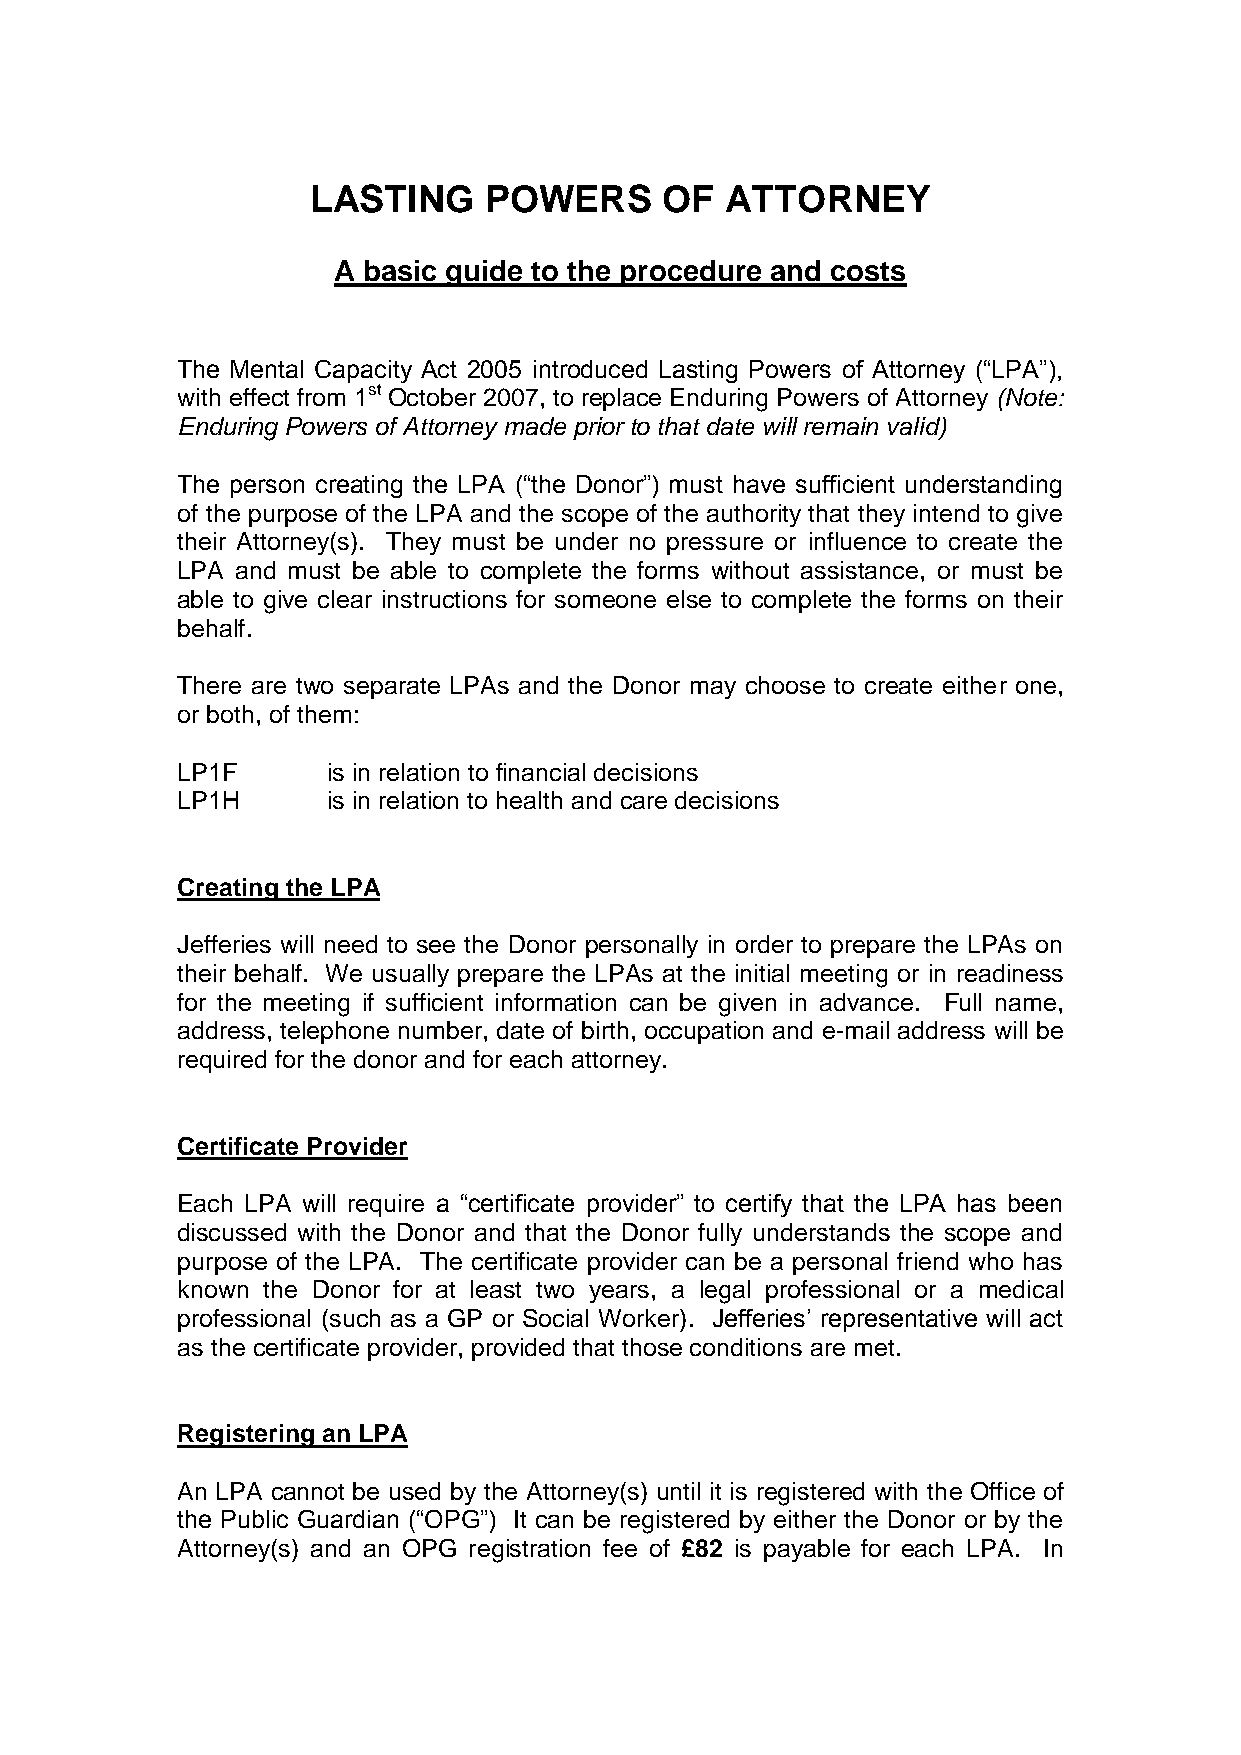
LASTING     POWERS      OF  ATTORNEY
 A basic guide to the procedure and costs
 The Mental Capacity Act 2005 introduced Lasting Powers of Attorney (“LPA”),
 with effect from 1st October 2007, to replace Enduring Powers of Attorney (Note:
 Enduring Powers of Attorney made prior to that date will remain valid)
 The person creating the LPA (“the Donor”) must have sufficient understanding
 of the purpose of the LPA and the scope of the authority that they intend to give
 their Attorney(s). They must be under no pressure or influence to create the
 LPA and must be able to complete the forms without assistance, or must be
 able to give clear instructions for someone else to complete the forms on their
 behalf.
 There are two separate LPAs and the Donor may choose to create either one,
 or both, of them:
 LP1F      is in relation to financial decisions
 LP1H      is in relation to health and care decisions
 Creating the LPA
 Jefferies will need to see the Donor personally in order to prepare the LPAs on
 their behalf. We usually prepare the LPAs at the initial meeting or in readiness
 for the meeting if sufficient information can be given in advance. Full name,
 address, telephone number, date of birth, occupation and e-mail address will be
 required for the donor and for each attorney.
 Certificate Provider
 Each LPA will require a “certificate provider” to certify that the LPA has been
 discussed with the Donor and that the Donor fully understands the scope and
 purpose of the LPA. The certificate provider can be a personal friend who has
 known the Donor for at least two years, a legal professional or a medical
 professional (such as a GP or Social Worker). Jefferies’ representative will act
 as the certificate provider, provided that those conditions are met.
 Registering an LPA
 An LPA cannot be used by the Attorney(s) until it is registered with the Office of
 the Public Guardian (“OPG”) It can be registered by either the Donor or by the
 Attorney(s) and an OPG registration fee of £82 is payable for each LPA. In